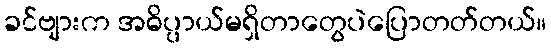
ခင်ဗျားက အဓိပ္ပာယ်မရှိတာတွေပဲပြောတတ်တယ်။